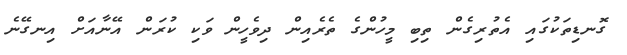
ގޮނޑިތަކުގައި އެތުރިގެން ތިބި މީހުންގެ ތެރެއިން ދިވެހީން ވަކި ކުރަން އޭނާއަށް އިނގޭނެ